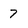
Character: 7